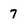
Character: 7